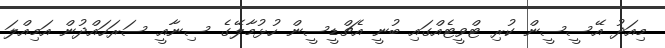
މިއަދު އޭސީސީން ކުރި ޓްވީޓެއްގައި ބުނީ އެޗްޑީސީން ހުޅުމާލޭގެ ސިނާއީ ސަރަހައްދުން އަމިއްލަ